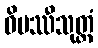
ဝိပဿီသုတ္တံ